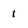
Character: 1